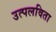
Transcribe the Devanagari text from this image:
उत्पलविता